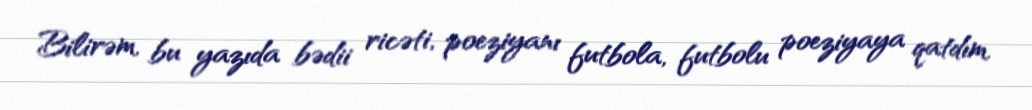
Bilirəm, bu yazıda bədii ricəti, poeziyanı futbola, futbolu poeziyaya qatdım,